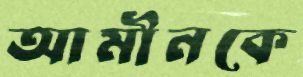
আমীনকে